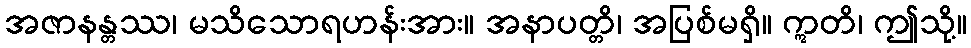
အဇာနန္တဿ၊ မသိသောရဟန်းအား။ အနာပတ္တိ၊ အပြစ်မရှိ။ ဣတိ၊ ဤသို့။